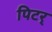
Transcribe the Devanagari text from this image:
पिटर्